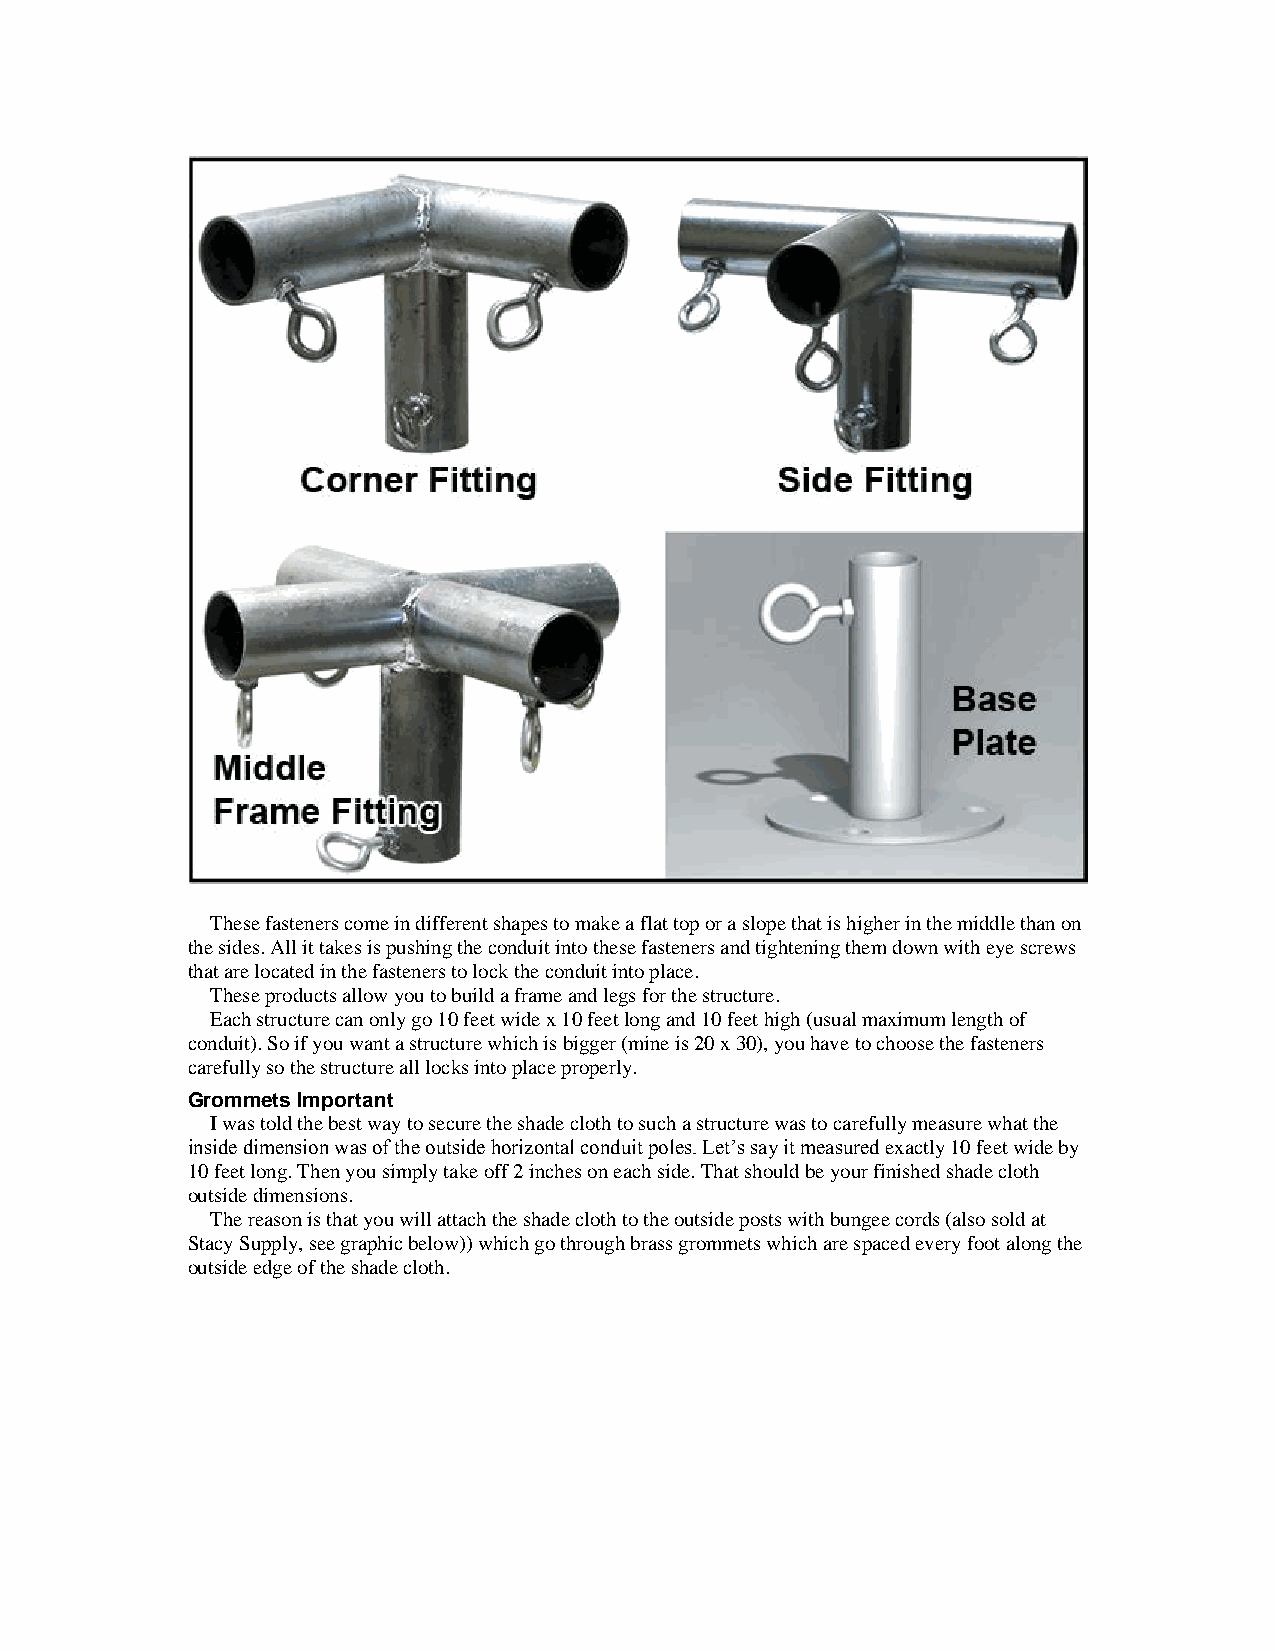
These fasteners come in different shapes to make a flat top or a slope that is higher in the middle than on
 the sides. All it takes is pushing the conduit into these fasteners and tightening them down with eye screws
 that are located in the fasteners to lock the conduit into place.
 These products allow you to build a frame and legs for the structure.
 Each structure can only go 10 feet wide x 10 feet long and 10 feet high (usual maximum length of
 conduit). So if you want a structure which is bigger (mine is 20 x 30), you have to choose the fasteners
 carefully so the structure all locks into place properly.
 Grommets Important
 I was told the best way to secure the shade cloth to such a structure was to carefully measure what the
 inside dimension was of the outside horizontal conduit poles. Let’s say it measured exactly 10 feet wide by
 10 feet long. Then you simply take off 2 inches on each side. That should be your finished shade cloth
 outside dimensions.
 The reason is that you will attach the shade cloth to the outside posts with bungee cords (also sold at
 Stacy Supply, see graphic below)) which go through brass grommets which are spaced every foot along the
 outside edge of the shade cloth.